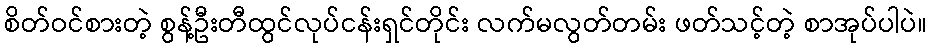
စိတ်ဝင်စားတဲ့ စွန့်ဦးတီထွင်လုပ်ငန်းရှင်တိုင်း လက်မလွတ်တမ်း ဖတ်သင့်တဲ့ စာအုပ်ပါပဲ။